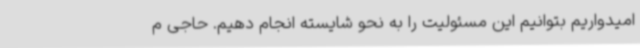
امیدواریم بتوانیم این مسئولیت را به نحو شایسته انجام دهیم. حاجی م